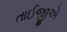
તાઈજીએ